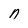
Character: n